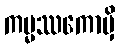
ကမ္မဿကောမှိ